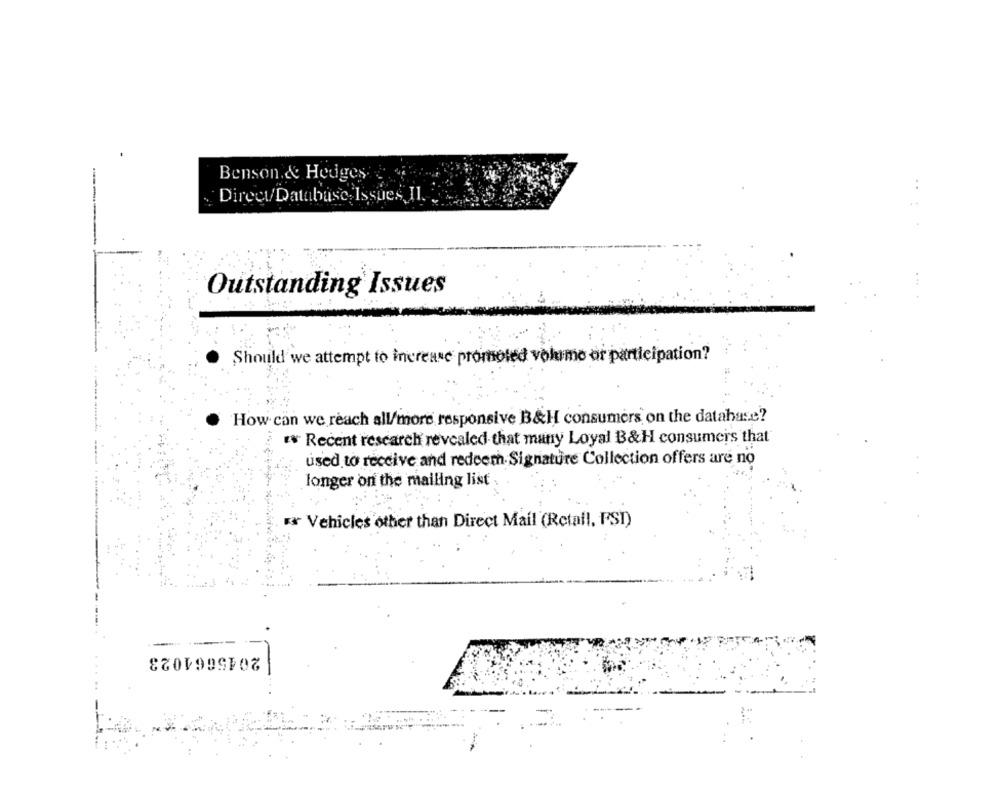
Benson.& Hedges.
Direct/Database Issues Il.
..
Outstanding Issues
Should we attempt to increase promoted volume or participation?
How can we reach all/more responsive B&H consumers on the database?
"# Recent research revealed that many Loyal B&H consumers that
used to receive and redeem Signature Collection offers are no
longer on the mailing list
* Vehicles other than Direct Mail (Retail, FST)
2045664023